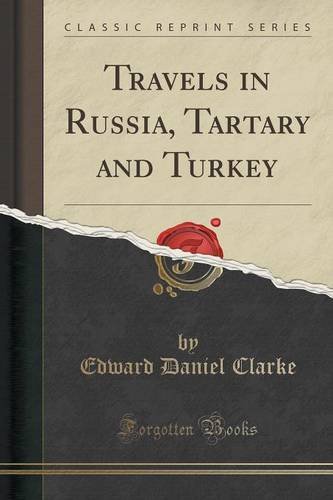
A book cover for Travels in Russia, Tartary and Turkey (Classic Reprint); Edward Daniel Clarke; Travel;